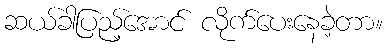
ဆယ်ခါပြည့်အောင် လိုက်ပေးနေခဲ့တာ။